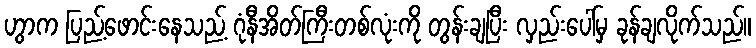
ဟွာက ပြည့်ဖောင်းနေသည့် ဂုံနီအိတ်ကြီးတစ်လုံးကို တွန်းချပြီး လှည်းပေါ်မှ ခုန်ချလိုက်သည်။